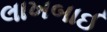
લાખબાઈ